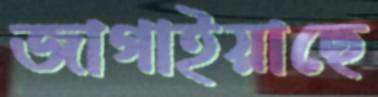
জাগাইয়াছে